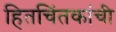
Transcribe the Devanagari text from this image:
हितचिंतकांची